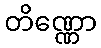
တိဏ္ဏော